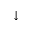
\downarrow